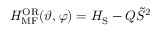
H _ { \mathrm { M F } } ^ { \mathrm { O R } } ( \vartheta , \varphi ) = H _ { \mathrm { S } } - Q \tilde { S } ^ { 2 }